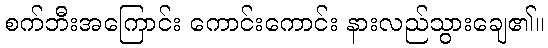
စက်ဘီးအကြောင်း ကောင်းကောင်း နားလည်သွားချေ၏။